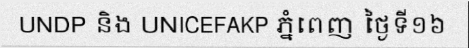
UNDP និង UNICEFAKP ភ្នំពេញ ថ្ងៃទី១៦